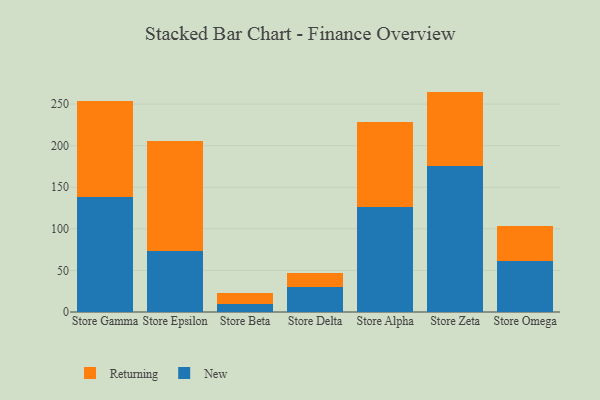
{"axis": {"x": "Store", "y": "Gross Profit (USD K)"}, "legend": ["New", "Returning"], "data": [{"x": "Store Gamma", "y": 138.4, "type": "New"}, {"x": "Store Gamma", "y": 115.8, "type": "Returning"}, {"x": "Store Epsilon", "y": 73.7, "type": "New"}, {"x": "Store Epsilon", "y": 132.4, "type": "Returning"}, {"x": "Store Beta", "y": 10.2, "type": "New"}, {"x": "Store Beta", "y": 12.7, "type": "Returning"}, {"x": "Store Delta", "y": 29.9, "type": "New"}, {"x": "Store Delta", "y": 16.9, "type": "Returning"}, {"x": "Store Alpha", "y": 125.7, "type": "New"}, {"x": "Store Alpha", "y": 102.5, "type": "Returning"}, {"x": "Store Zeta", "y": 175.3, "type": "New"}, {"x": "Store Zeta", "y": 89.7, "type": "Returning"}, {"x": "Store Omega", "y": 61.5, "type": "New"}, {"x": "Store Omega", "y": 41.6, "type": "Returning"}]}